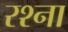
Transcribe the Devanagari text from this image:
रश्ना